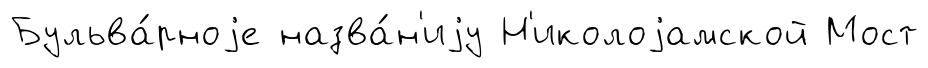
Бульва́рноjе назва́н'иjу Н'иколоjамской Мост